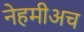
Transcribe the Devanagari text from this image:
नेहमीअच